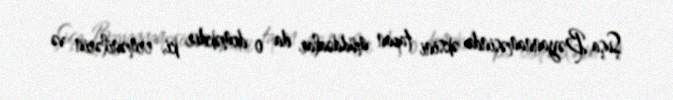
Şuşa Bəyannaməsində əksini tapan müddəalar da o deməkdir ki, ermənilərin və